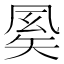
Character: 𥏈